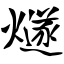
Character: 燧